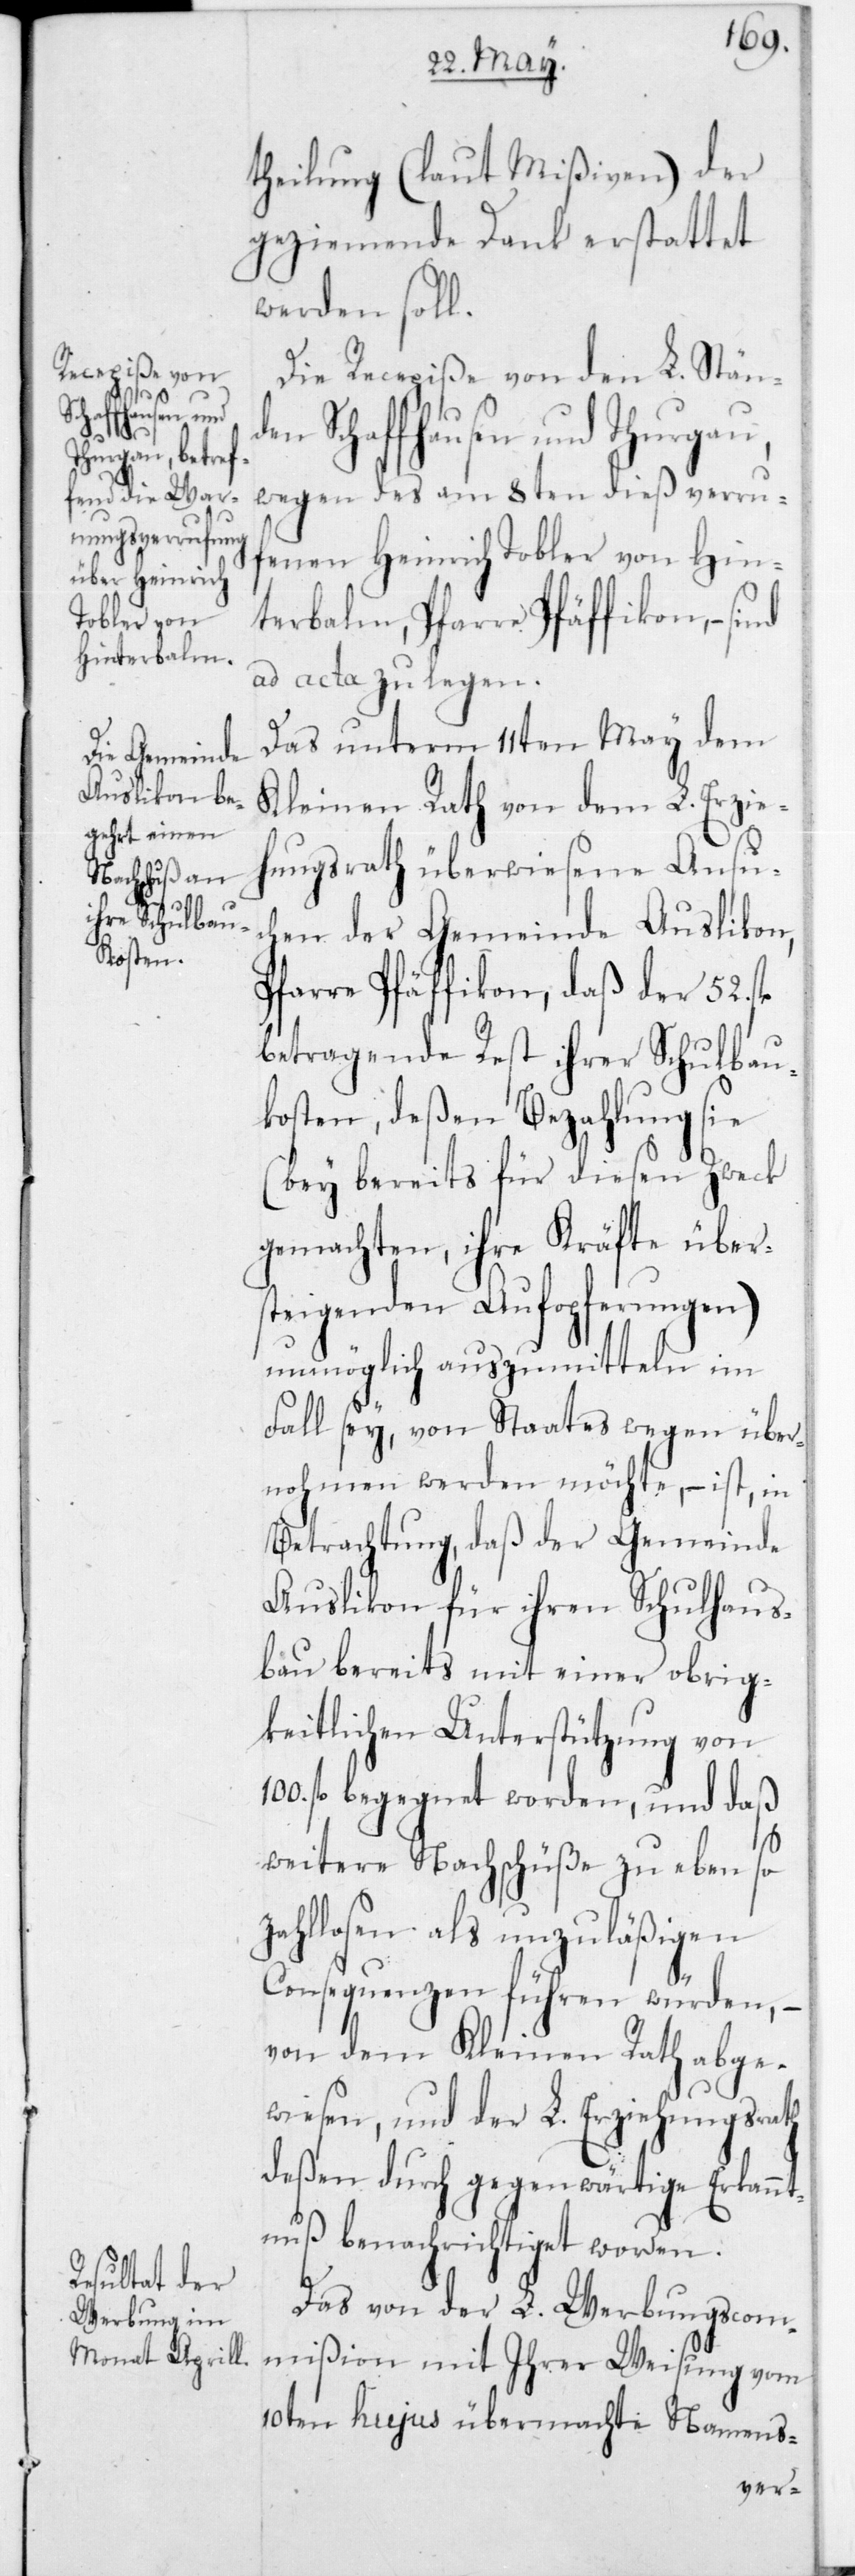
l.b¬

theilung (laut Mißiven) der
geziemende Dank erstattet
werden soll.
Die Recepiße von den L. Stände¬
n Schaffhausen und Thurgau,
wegen des am 8ten dieß verru¬
fenen Heinrich Tobler von Hin¬
terbalm, Pfarre Pfäffikon, –
ad acta zu legen.
Das unterm 11ten May dem
Kleinen Rath von dem L. Erzie¬
ungsrath überwiesene Ansuc¬
hen der Gemeinde Auslikon,
Pfarre Pfäffikon, daß der 52 f¬
etragende Rest ihrer Schulbau¬
kosten, deßen Bezahlung sie
(bey bereits für diesen Zweck
gemachten, ihre Kräfte über¬
steigenden Aufopferungen)
unmöglich auszumitteln im
Fall sey, von Staates wegen über¬
nohmen werden möchte, – ist, in
Betrachtung, daß der Gemeinde
Auslikon für ihren Schulhaus¬
bau bereits mit einer obrig¬
keitlichen Unterstützung von
fl. begegnet worden, und daß
weitere Nachschüße zu eben so
zahllosen als unzuläßigen
Consequenzen führen würden, –
von dem Kleinen Rath abge¬
wiesen, und der L. Erziehungsrath
deßen durch gegenwärtige Erkannt¬
nuß benachrichtiget worden.
Das von der L. Werbungscom¬
mißion mit ihrer Weisung vom
10ten hujus übermachte Namens-